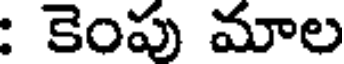
: కెంపు మాల